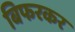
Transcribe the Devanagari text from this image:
बिफरकर